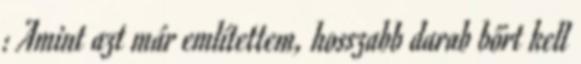
: Amint azt már említettem, hosszabb darab bőrt kell